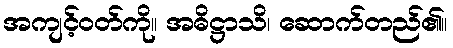
အကျင့်ဝတ်ကို။ အဓိဋ္ဌာသိ၊ ဆောက်တည်၏။